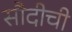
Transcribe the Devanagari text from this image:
सौदीची